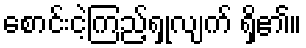
စောင်းငဲ့ကြည့်ရှုလျက် ရှိ၏။